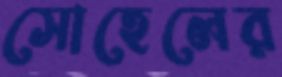
সোহেলের